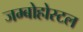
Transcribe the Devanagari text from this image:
जम्बोहोस्टल